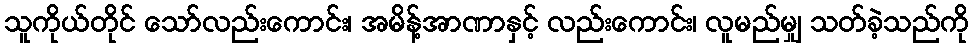
သူကိုယ်တိုင် သော်လည်းကောင်း၊ အမိန့်အာဏာနှင့် လည်းကောင်း၊ လူမည်မျှ သတ်ခဲ့သည်ကို